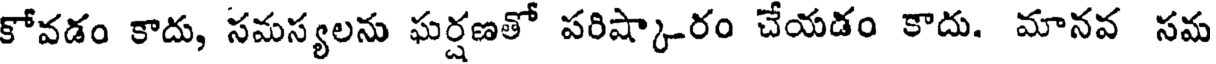
కోవడం కాదు, సమస్యలను ఘర్షణతో పరిష్కా-రం చేయడం కాదు. మానవ సమ